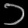
Digit: ၁